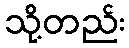
သို့တည်း